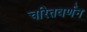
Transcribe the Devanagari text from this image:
चरितवर्णन